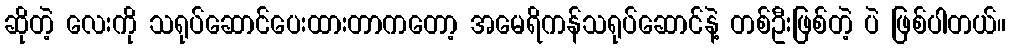
ဆိုတဲ့ လေးကို သရုပ်ဆောင်ပေးထားတာကတော့ အမေရိကန်သရုပ်ဆောင်နဲ့ တစ်ဦးဖြစ်တဲ့ ပဲ ဖြစ်ပါတယ်။